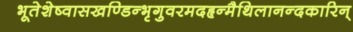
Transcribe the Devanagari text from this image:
भूतेशेष्वासखण्डिन्भृगुवरमदहृन्मैथिलानन्दकारिन्